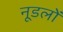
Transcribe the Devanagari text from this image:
नूडलों